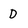
Character: D